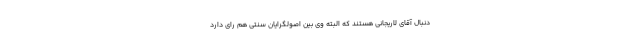
دنبال آقای لاریجانی هستند که البته وی بین اصولگرایان سنتی هم رای دارد